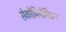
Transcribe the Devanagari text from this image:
सेर्कोपिथेसिडाए